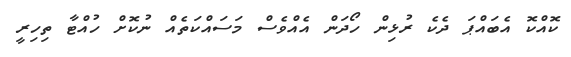
ކޮއްކޮ އެބައްޕަ ދެކެ ރުޅިން ހޯދަން އެއްވެސް މަސައްކަތެއް ނުކޮށް ހުއްޓާ ތިހިރީ